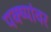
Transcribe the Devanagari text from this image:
पक्ष्यांवर